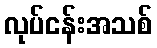
လုပ်ငန်းအသစ်